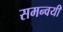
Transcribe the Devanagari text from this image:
समन्वयी